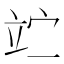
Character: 𥩟